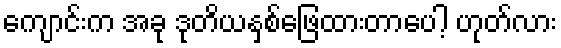
ကျောင်းက အခု ဒုတိယနှစ်ဖြေထားတာပေါ့ ဟုတ်လား